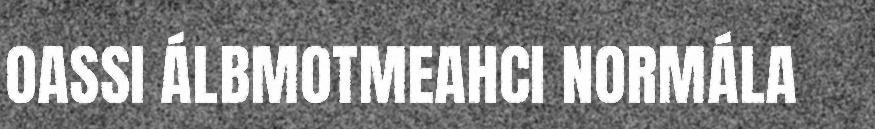
OASSI ÁLBMOTMEAHCI NORMÁLA